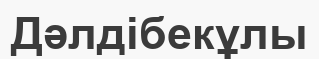
Дәлдібекұлы